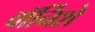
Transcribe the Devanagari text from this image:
वॉर्निशे